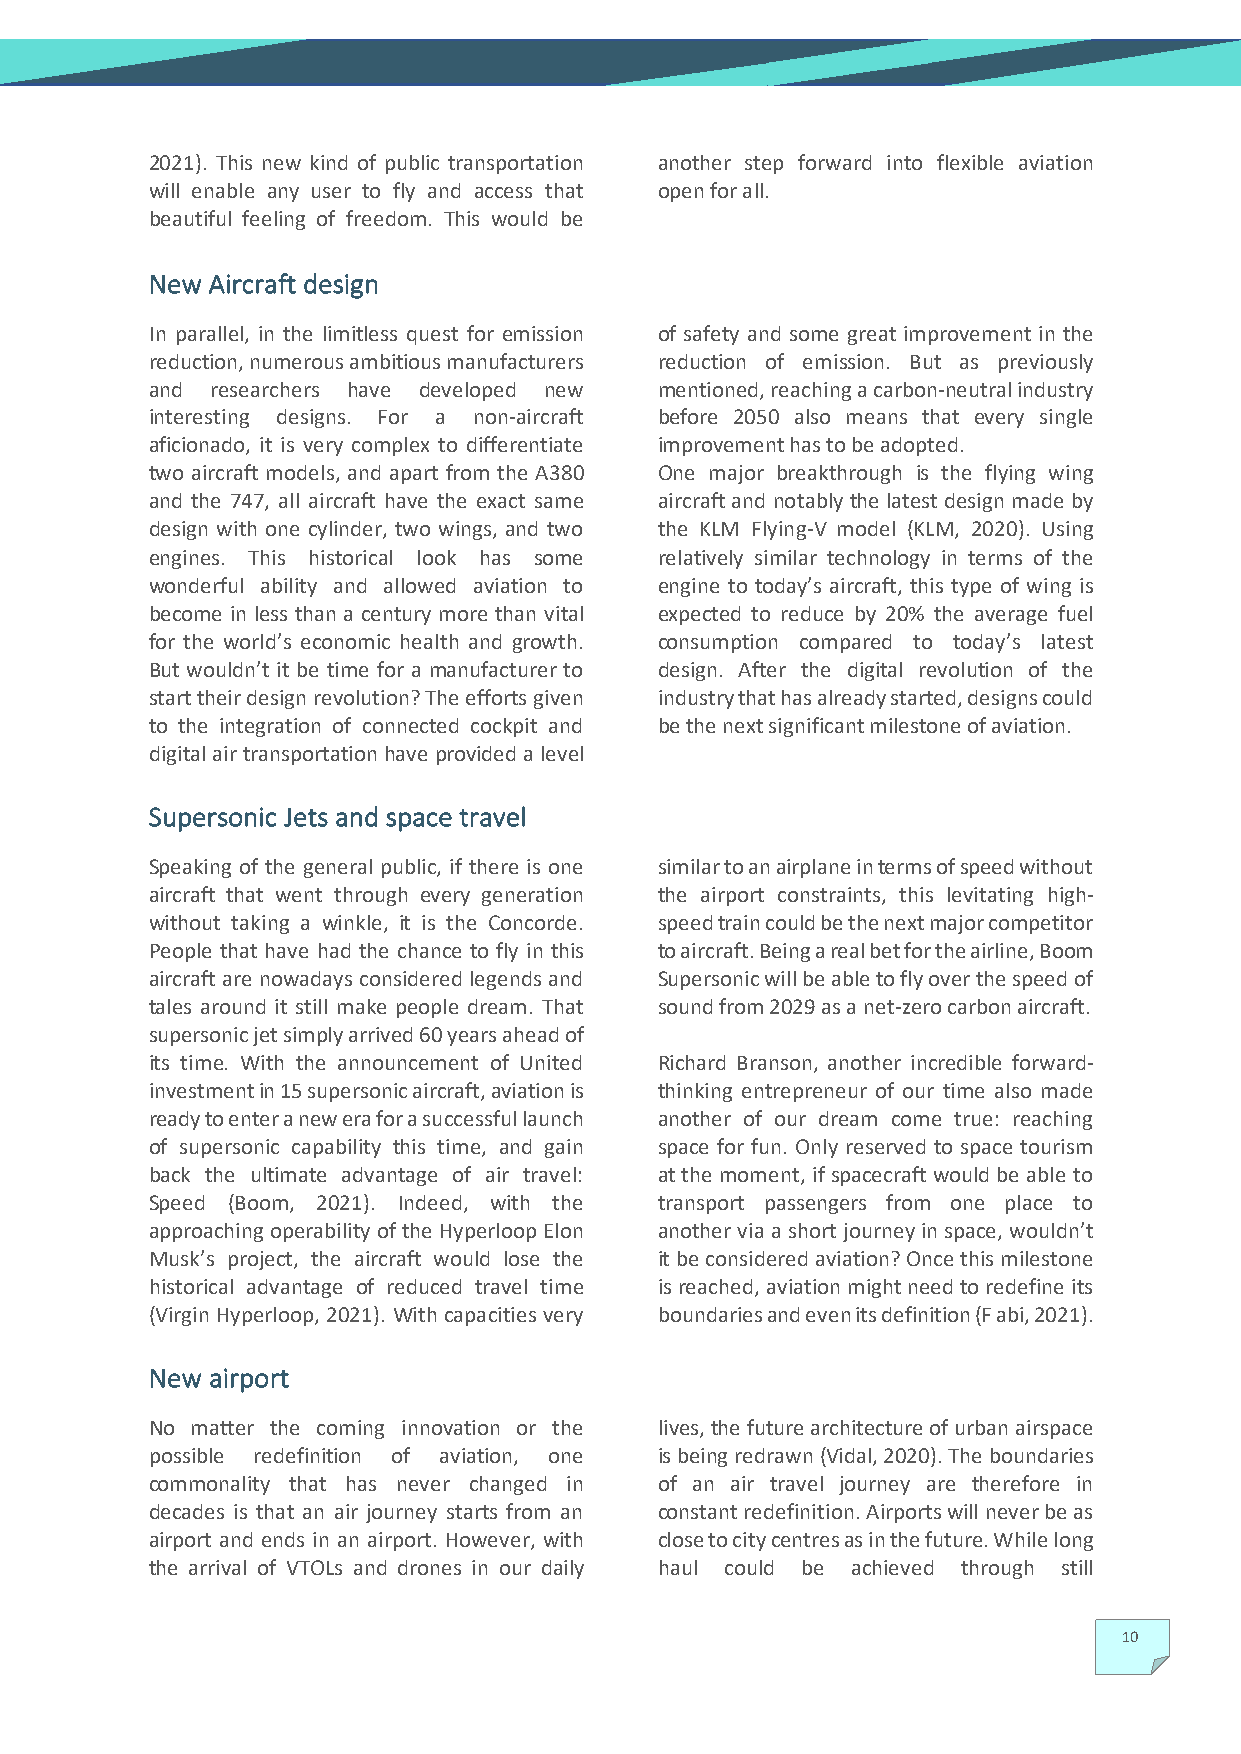
2021). This new kind of public transportation another step forward into flexible aviation
 will enable any user to fly and access that open for all.
 beautiful feeling of freedom. This would be
 New Aircraft design
 In parallel, in the limitless quest for emission of safety and some great improvement in the
 reduction, numerous ambitious manufacturers reduction of emission. But as previously
 and researchers have developed new mentioned, reaching a carbon-neutral industry
 interesting designs. For a non-aircraft before 2050 also means that every single
 aficionado, it is very complex to differentiate improvement has to be adopted.
 two aircraft models, and apart from the A380 One major breakthrough is the flying wing
 and the 747, all aircraft have the exact same aircraft and notably the latest design made by
 design with one cylinder, two wings, and two the KLM Flying-V model (KLM, 2020). Using
 engines. This historical look has some relatively similar technology in terms of the
 wonderful ability and allowed aviation to engine to today’s aircraft, this type of wing is
 become in less than a century more than vital expected to reduce by 20% the average fuel
 for the world’s economic health and growth. consumption compared to today’s latest
 But wouldn’t it be time for a manufacturer to design. After the digital revolution of the
 start their design revolution? The efforts given industry that has already started, designs could
 to the integration of connected cockpit and be the next significant milestone of aviation.
 digital air transportation have provided a level
 Supersonic Jets and space travel
 Speaking of the general public, if there is one similar to an airplane in terms of speed without
 aircraft that went through every generation the airport constraints, this levitating high-
 without taking a winkle, it is the Concorde. speed train could be the next major competitor
 People that have had the chance to fly in this to aircraft. Being a real bet for the airline, Boom
 aircraft are nowadays considered legends and Supersonic will be able to fly over the speed of
 tales around it still make people dream. That sound from 2029 as a net-zero carbon aircraft.
 supersonic jet simply arrived 60 years ahead of
 its time. With the announcement of United Richard Branson, another incredible forward-
 investment in 15 supersonic aircraft, aviation is thinking entrepreneur of our time also made
 ready to enter a new era for a successful launch another of our dream come true: reaching
 of supersonic capability this time, and gain space for fun. Only reserved to space tourism
 back the ultimate advantage of air travel: at the moment, if spacecraft would be able to
 Speed (Boom, 2021). Indeed, with the transport passengers from one place to
 approaching operability of the Hyperloop Elon another via a short journey in space, wouldn’t
 Musk’s project, the aircraft would lose the it be considered aviation? Once this milestone
 historical advantage of reduced travel time is reached, aviation might need to redefine its
 (Virgin Hyperloop, 2021). With capacities very boundaries and even its definition (F abi, 2021).
 New airport
 No matter the coming innovation or the lives, the future architecture of urban airspace
 possible redefinition of aviation, one is being redrawn (Vidal, 2020). The boundaries
 commonality that has never changed in of an air travel journey are therefore in
 decades is that an air journey starts from an constant redefinition. Airports will never be as
 airport and ends in an airport. However, with close to city centres as in the future. While long
 the arrival of VTOLs and drones in our daily haul could be achieved through still
 10